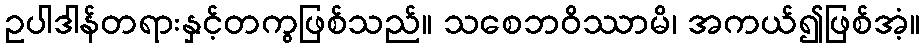
ဥပါဒါန်တရားနှင့်တကွဖြစ်သည်။ သစေဘဝိဿာမိ၊ အကယ်၍ဖြစ်အံ့။